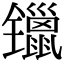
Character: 镴